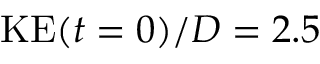
\mathrm { K E } ( t = 0 ) / D = 2 . 5